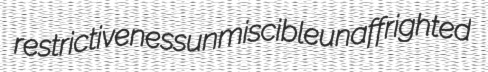
restrictiveness unmiscible unaffrighted